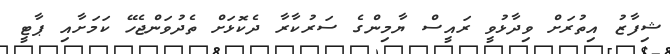
ޝިފާޒު އިތުރަށް ވިދާޅުވީ ރައީސް ޔާމިންގެ ސަރުކާރާ ދެކޮޅަށް ތެދުވަންޖެހޭ ކަމަށާއި ޕާޓީ